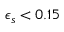
\epsilon _ { s } < 0 . 1 5